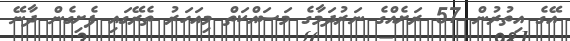
އޭގެ އިތުރުން 57 ރަށެއްގެ ނަރުދަމާގެ މަސައްކަތް މިއަހަރު ތެރޭގައި ފެށިގެން ދާނޭ